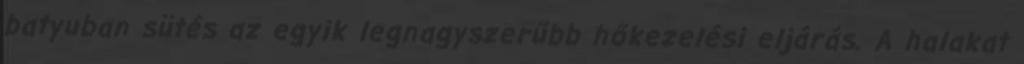
batyuban sütés az egyik legnagyszerűbb hőkezelési eljárás. A halakat